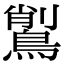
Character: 𪃅